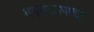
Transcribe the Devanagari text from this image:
ममनगटापासून